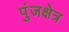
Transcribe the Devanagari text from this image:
पुंजक्षेत्र